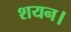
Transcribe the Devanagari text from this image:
शयन।